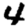
Digit: 4